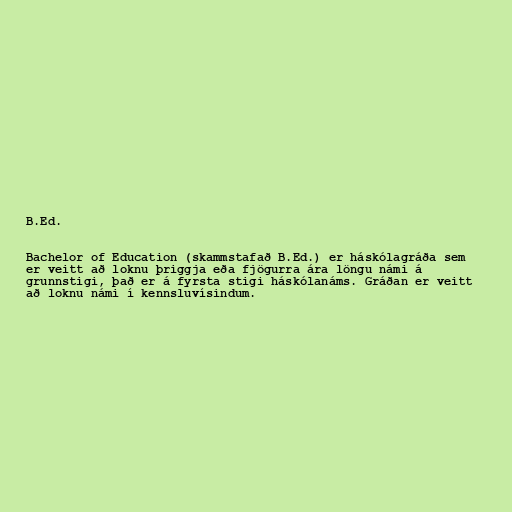
B.Ed.

Bachelor of Education (skammstafað B.Ed.) er háskólagráða sem
er veitt að loknu þriggja eða fjögurra ára löngu námi á
grunnstigi, það er á fyrsta stigi háskólanáms. Gráðan er veitt
að loknu námi í kennsluvísindum.